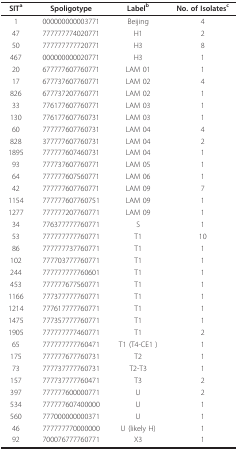
<table><thead><tr><td><b>SIT<sup>a</sup></b></td><td><b>Spoligotype</b></td><td><b>Label<sup>b</sup></b></td><td><b>No. of Isolates<sup>c</sup></b></td></tr></thead><tbody><tr><td>1</td><td>000000000003771</td><td>Beijing</td><td>4</td></tr><tr><td>47</td><td>777777774020771</td><td>H1</td><td>2</td></tr><tr><td>50</td><td>777777777720771</td><td>H3</td><td>8</td></tr><tr><td>467</td><td>000000000020771</td><td>H3</td><td>1</td></tr><tr><td>20</td><td>677777607760771</td><td>LAM 01</td><td>1</td></tr><tr><td>17</td><td>677737607760771</td><td>LAM 02</td><td>4</td></tr><tr><td>826</td><td>677737207760771</td><td>LAM 02</td><td>1</td></tr><tr><td>33</td><td>776177607760771</td><td>LAM 03</td><td>1</td></tr><tr><td>130</td><td>776177607760731</td><td>LAM 03</td><td>1</td></tr><tr><td>60</td><td>777777607760731</td><td>LAM 04</td><td>4</td></tr><tr><td>828</td><td>377777607760731</td><td>LAM 04</td><td>2</td></tr><tr><td>1895</td><td>777777607460731</td><td>LAM 04</td><td>1</td></tr><tr><td>93</td><td>777737607760771</td><td>LAM 05</td><td>1</td></tr><tr><td>64</td><td>777777607560771</td><td>LAM 06</td><td>1</td></tr><tr><td>42</td><td>777777607760771</td><td>LAM 09</td><td>7</td></tr><tr><td>1154</td><td>777777607760751</td><td>LAM 09</td><td>1</td></tr><tr><td>1277</td><td>777777207760771</td><td>LAM 09</td><td>1</td></tr><tr><td>34</td><td>776377777760771</td><td>S</td><td>1</td></tr><tr><td>53</td><td>777777777760771</td><td>T1</td><td>10</td></tr><tr><td>86</td><td>777777737760771</td><td>T1</td><td>1</td></tr><tr><td>102</td><td>777703777760771</td><td>T1</td><td>1</td></tr><tr><td>244</td><td>777777777760601</td><td>T1</td><td>1</td></tr><tr><td>453</td><td>777777677560771</td><td>T1</td><td>1</td></tr><tr><td>1166</td><td>777377777760771</td><td>T1</td><td>1</td></tr><tr><td>1214</td><td>777617777760771</td><td>T1</td><td>1</td></tr><tr><td>1475</td><td>777357777760771</td><td>T1</td><td>1</td></tr><tr><td>1905</td><td>777777777460771</td><td>T1</td><td>2</td></tr><tr><td>65</td><td>777777777760471</td><td>T1 (T4-CE1 )</td><td>1</td></tr><tr><td>175</td><td>777777677760731</td><td>T2</td><td>1</td></tr><tr><td>73</td><td>777737777760731</td><td>T2-T3</td><td>1</td></tr><tr><td>157</td><td>777737777760471</td><td>T3</td><td>2</td></tr><tr><td>397</td><td>777777600000771</td><td>U</td><td>2</td></tr><tr><td>534</td><td>777777607400000</td><td>U</td><td>1</td></tr><tr><td>560</td><td>777000000000371</td><td>U</td><td>1</td></tr><tr><td>46</td><td>777777770000000</td><td>U (likely H)</td><td>1</td></tr><tr><td>92</td><td>700076777760771</td><td>X3</td><td>1</td></tr></tbody></table>